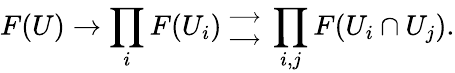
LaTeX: F(U)\rightarrow\prod_{i}F(U_{i}){{{}\atop\longrightarrow}\atop{\longrightarrow\atop{}}}\prod_{i,j}F(U_{i}\cap U_{j}).